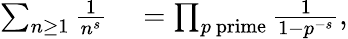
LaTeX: \begin{array}{rl}{\sum_{n\geq 1}{\frac{1}{n^{s}}}}&{{}=\prod_{p{\mathrm{~prime}}}{\frac{1}{1-p^{-s}}},}\end{array}